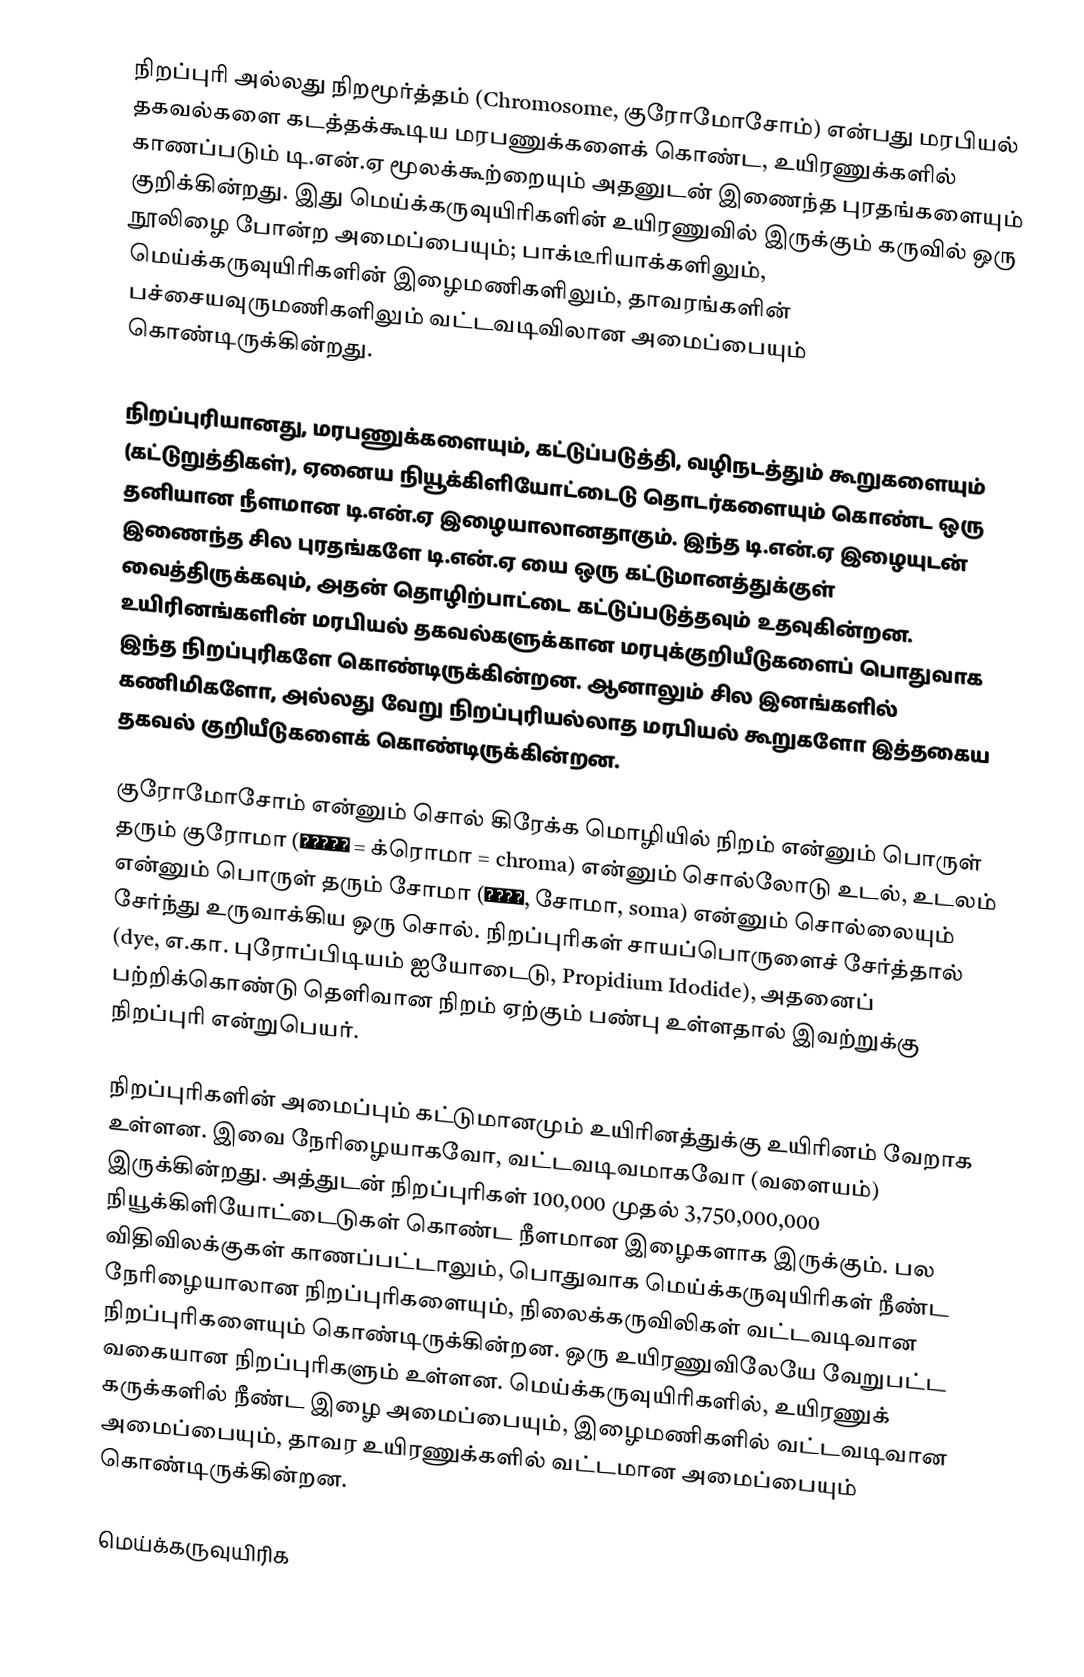
நிறப்புரி அல்லது நிறமூர்த்தம் (Chromosome, குரோமோசோம்) என்பது மரபியல் தகவல்களை கடத்தக்கூடிய மரபணுக்களைக் கொண்ட, உயிரணுக்களில் காணப்படும் டி.என்.ஏ மூலக்கூற்றையும் அதனுடன் இணைந்த புரதங்களையும் குறிக்கின்றது. இது மெய்க்கருவுயிரிகளின் உயிரணுவில் இருக்கும் கருவில் ஒரு நூலிழை போன்ற அமைப்பையும்; பாக்டீரியாக்களிலும், மெய்க்கருவுயிரிகளின் இழைமணிகளிலும், தாவரங்களின் பச்சையவுருமணிகளிலும் வட்டவடிவிலான அமைப்பையும் கொண்டிருக்கின்றது.

நிறப்புரியானது, மரபணுக்களையும், கட்டுப்படுத்தி, வழிநடத்தும் கூறுகளையும் (கட்டுறுத்திகள்), ஏனைய நியூக்கிளியோட்டைடு தொடர்களையும் கொண்ட ஒரு தனியான நீளமான டி.என்.ஏ இழையாலானதாகும். இந்த டி.என்.ஏ இழையுடன் இணைந்த சில புரதங்களே டி.என்.ஏ யை ஒரு கட்டுமானத்துக்குள் வைத்திருக்கவும், அதன் தொழிற்பாட்டை கட்டுப்படுத்தவும் உதவுகின்றன. உயிரினங்களின் மரபியல் தகவல்களுக்கான மரபுக்குறியீடுகளைப் பொதுவாக இந்த நிறப்புரிகளே கொண்டிருக்கின்றன. ஆனாலும் சில இனங்களில் கணிமிகளோ, அல்லது வேறு நிறப்புரியல்லாத மரபியல் கூறுகளோ இத்தகைய தகவல் குறியீடுகளைக் கொண்டிருக்கின்றன.

குரோமோசோம் என்னும் சொல் கிரேக்க மொழியில் நிறம் என்னும் பொருள் தரும் குரோமா (χρῶμα = க்ரொமா = chroma) என்னும் சொல்லோடு உடல், உடலம் என்னும் பொருள் தரும் சோமா (σῶμα, சோமா, soma) என்னும் சொல்லையும் சேர்ந்து உருவாக்கிய ஒரு சொல். நிறப்புரிகள் சாயப்பொருளைச் சேர்த்தால் (dye, எ.கா. புரோப்பிடியம் ஐயோடைடு, Propidium Idodide), அதனைப் பற்றிக்கொண்டு தெளிவான நிறம் ஏற்கும் பண்பு உள்ளதால் இவற்றுக்கு நிறப்புரி என்றுபெயர்.

நிறப்புரிகளின் அமைப்பும் கட்டுமானமும் உயிரினத்துக்கு உயிரினம் வேறாக உள்ளன. இவை நேரிழையாகவோ, வட்டவடிவமாகவோ (வளையம்) இருக்கின்றது. அத்துடன் நிறப்புரிகள் 100,000 முதல் 3,750,000,000 நியூக்கிளியோட்டைடுகள் கொண்ட நீளமான இழைகளாக இருக்கும். பல விதிவிலக்குகள் காணப்பட்டாலும், பொதுவாக மெய்க்கருவுயிரிகள் நீண்ட நேரிழையாலான நிறப்புரிகளையும், நிலைக்கருவிலிகள் வட்டவடிவான நிறப்புரிகளையும் கொண்டிருக்கின்றன. ஒரு உயிரணுவிலேயே வேறுபட்ட வகையான நிறப்புரிகளும் உள்ளன. மெய்க்கருவுயிரிகளில், உயிரணுக் கருக்களில் நீண்ட இழை அமைப்பையும், இழைமணிகளில் வட்டவடிவான அமைப்பையும், தாவர உயிரணுக்களில் வட்டமான அமைப்பையும் கொண்டிருக்கின்றன.

மெய்க்கருவுயிரிக